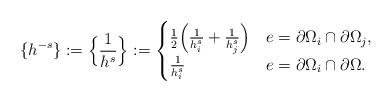
LaTeX: \begin{align*} \{h^{-s}\} := \Big\{\frac{1}{h^s}\Big\} & :=\begin{cases}\frac{1}{2} \Big( \frac{1}{h^s_{i}} + \frac{1}{h^s_{j}} \Big) & e = \partial \Omega_i \cap \partial \Omega_j, \\\frac{1}{h^s_{i}} & e = \partial \Omega_i \cap \partial \Omega.\end{cases}\end{align*}